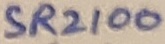
Text: SR2100